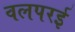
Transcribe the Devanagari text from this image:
वलपरई